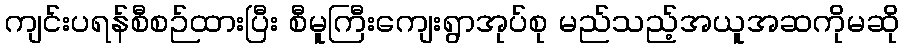
ကျင်းပရန်စီစဉ်ထားပြီး စီမူကြီးကျေးရွာအုပ်စု မည်သည့်အယူအဆကိုမဆို